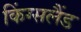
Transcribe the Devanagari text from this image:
किंग्सलैंड